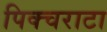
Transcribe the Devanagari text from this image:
पिक्चराटा